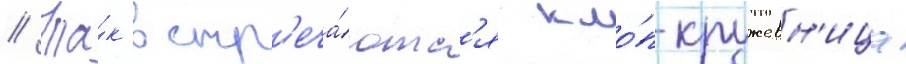
// Та́к встр'еча́ютс'я кло́п-кружевн'ица